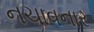
નચાવનાર